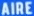
AIRE